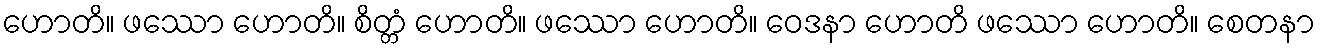
ဟောတိ။ ဖဿော ဟောတိ။ စိတ္တံ ဟောတိ။ ဖဿော ဟောတိ။ ဝေဒနာ ဟောတိ ဖဿော ဟောတိ။ စေတနာ